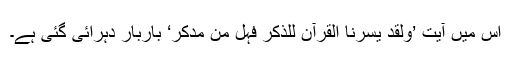
اس میں آیت ’وَلَقَدْ یَسَّرْنَا الْقُرْآنَ لِلذِّکْرِ فَہَلْ مِن مُّدَّکِرٍ‘ باربار دہرائی گئی ہے۔